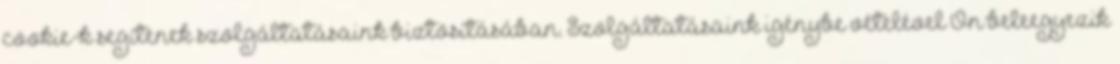
cookie-k segítenek szolgáltatásaink biztosításában. Szolgáltatásaink igénybe vételével Ön beleegyezik